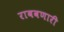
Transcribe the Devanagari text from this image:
राबवणारी